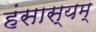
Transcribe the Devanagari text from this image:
हंसास्यम्